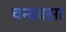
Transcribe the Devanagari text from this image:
चन्द्रवसा